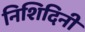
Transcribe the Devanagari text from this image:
निशिदिनी